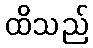
ထိသည်